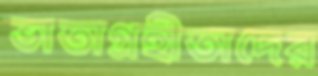
ভাতাগ্রহীতাদের